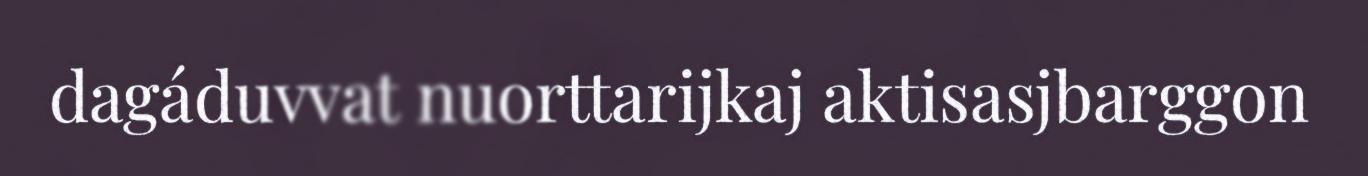
dagáduvvat nuorttarijkaj aktisasjbarggon